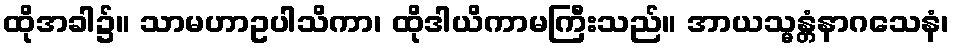
ထိုအခါ၌။ သာမဟာဥပါသိကာ၊ ထိုဒါယိကာမကြီးသည်။ အာယသ္မန္တံနာဂသေနံ၊